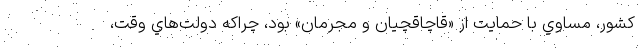
كشور، مساوي با حمايت از «قاچاقچيان و مجرمان» بود، چراكه دولت‌هاي وقت،